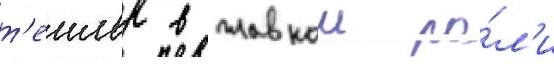
т'еилор в главнои ро́л'и